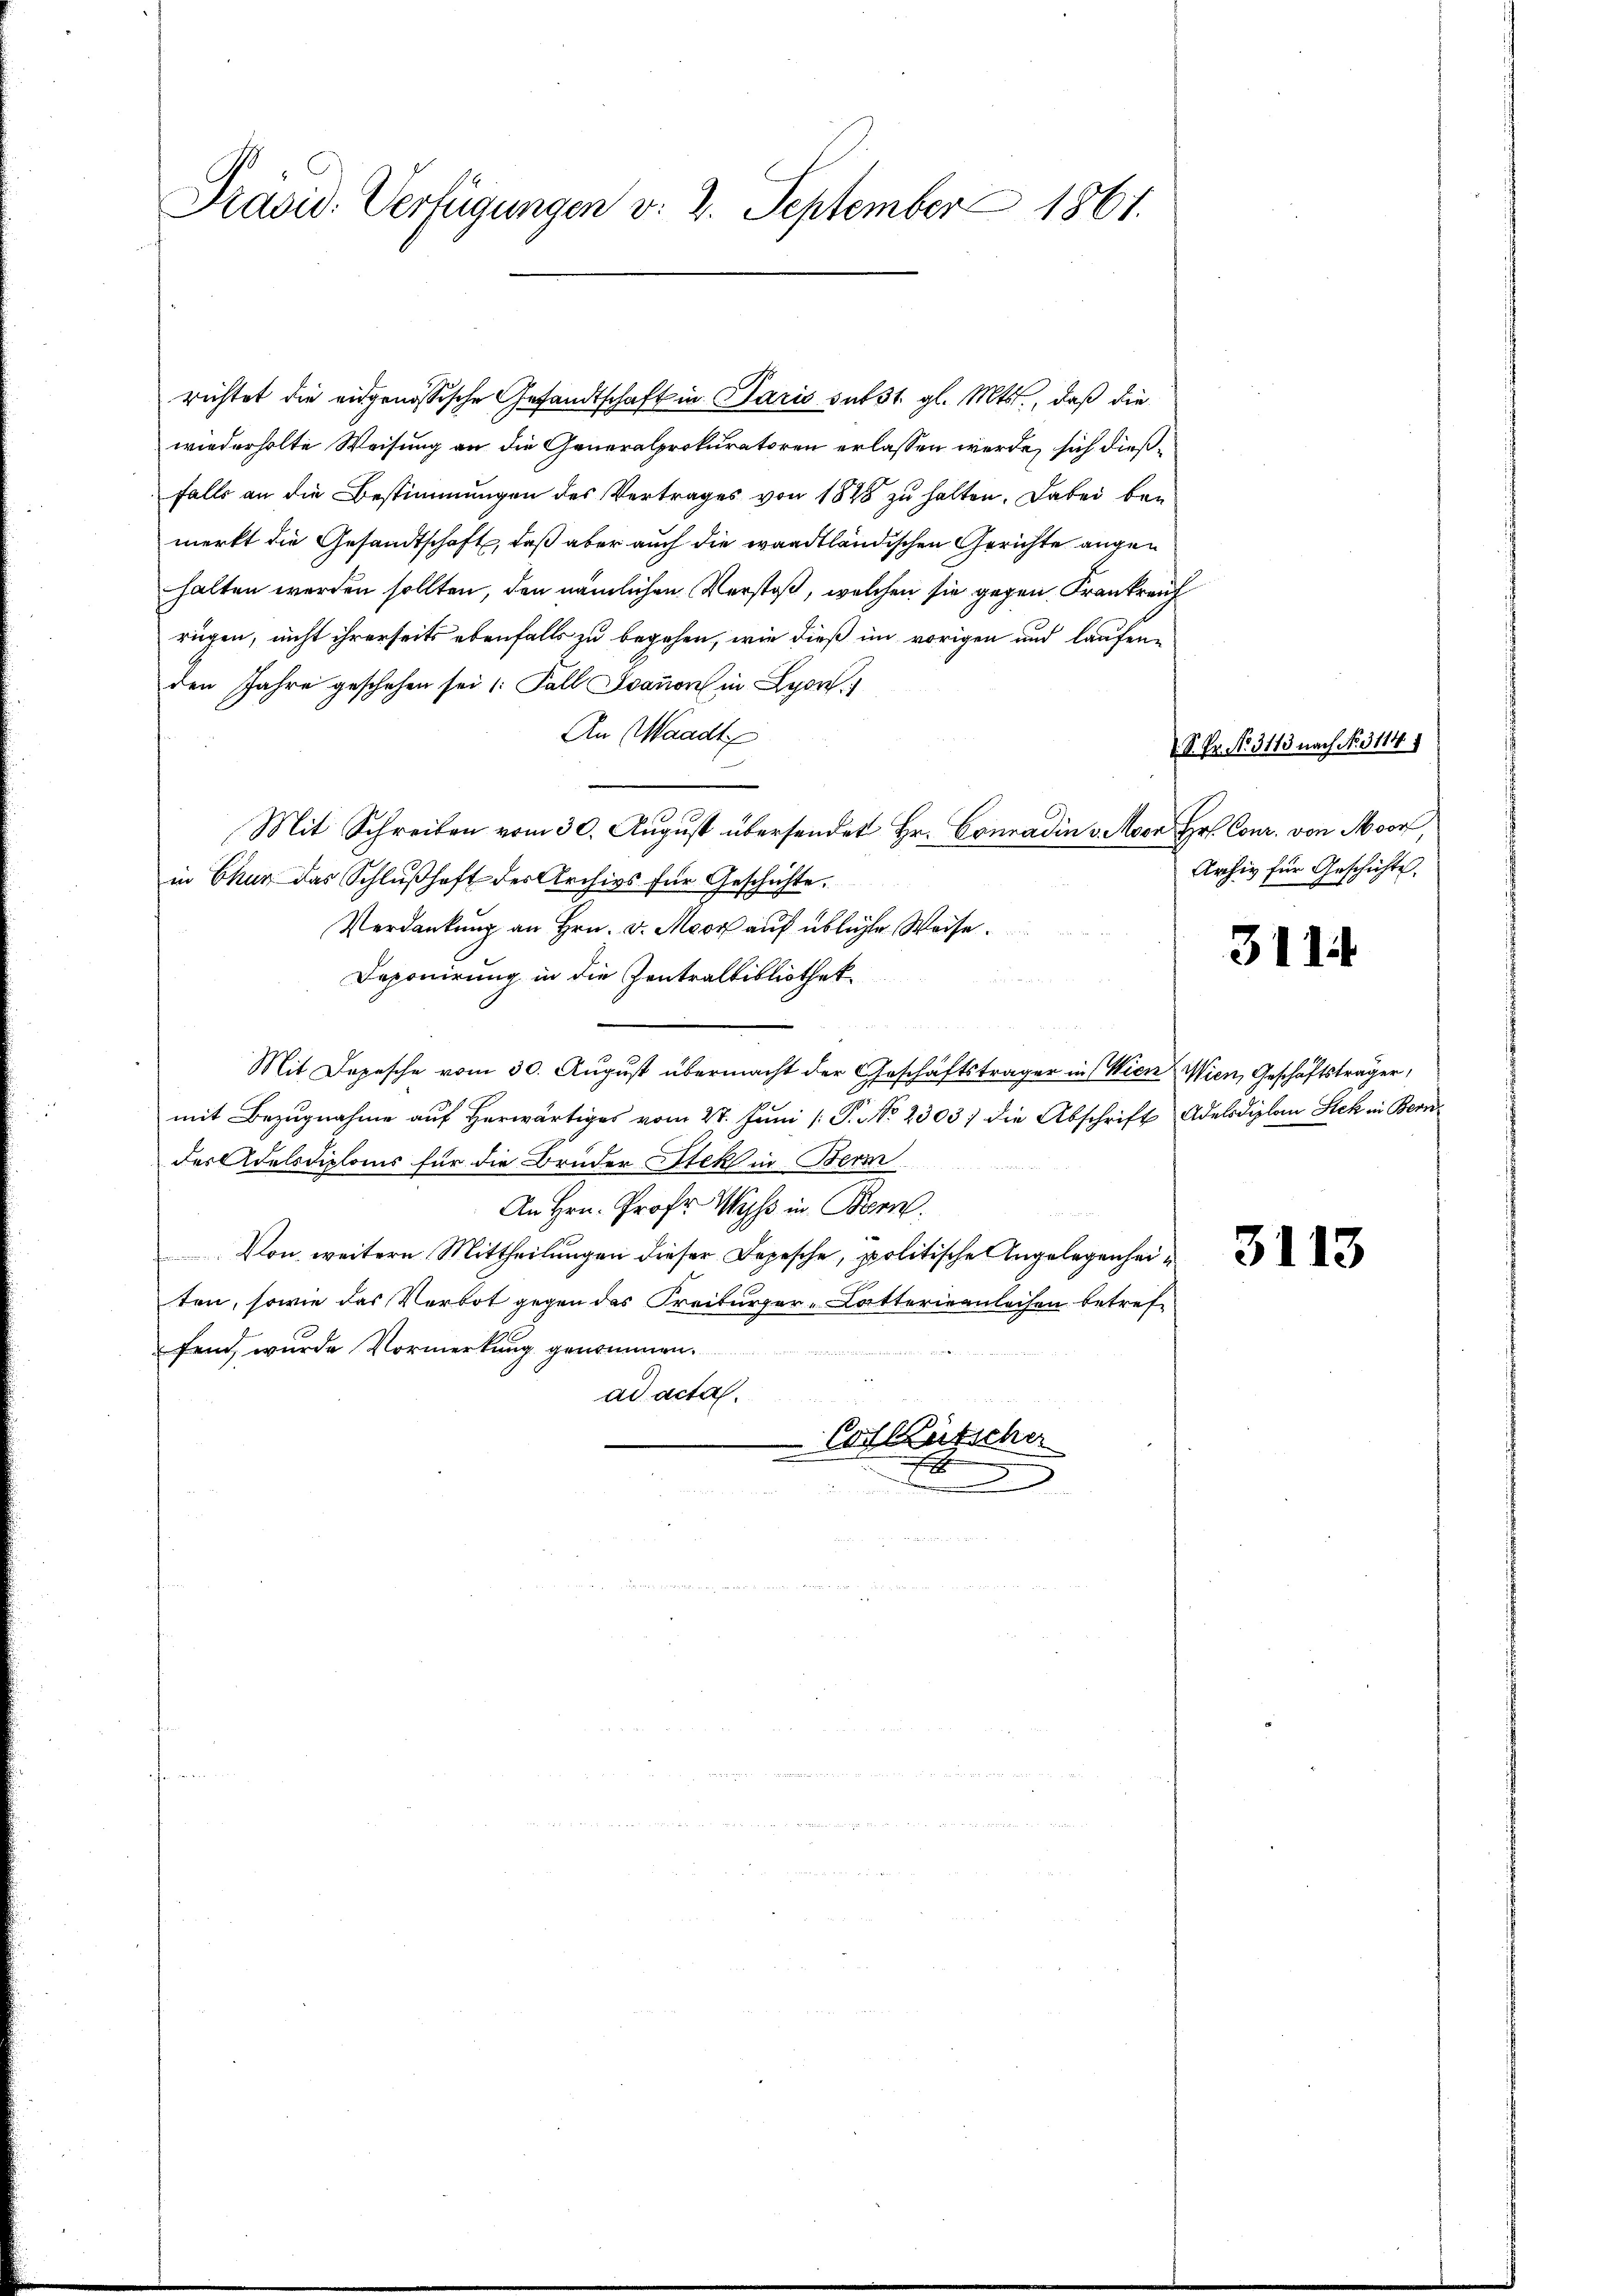
Präsid. Verfügungen v. 2. September 1861.

richtet die eidgenössische Gesandtschaft in Paris subst. gl. Mts., daß die
wiederholte Weisung an die Generalprokuratoren erlassen werde, sich dießfalls an die Bestimmungen des Vertrages von 1848 zu halten. Dabei bei
merkt die Gesandtschaft, daß aber auch die waadtländischen Gerichte augen
halten werden sollten, den nämlichen Verstoß, welchen sie gegen Frankreich
rügen, nicht ihrerseits ebenfalls zu begehen, wie dieß im vorigen und laufene
den Jahre geschehen sei Fall davon in Lyo
An Waadt
Mit Schreiben vom 30. August übersendet Hr. Conradin v. Moor Hr. Cour. von Moor,
in Chur das Schlußhaft der Archivs für Geschichte.
Verdankung an Hrn. v. Moor auf übliche Weise.
Deponirung in die Zentralbibliothek
A XX 2 S
Mit Depesche vom 30. Aŭgŭst übermacht der Geschäftsträger in Wien Wien, Geschäftsträger,
mit Bezugnahme auf Herwärtiges vom 27. Juni [ P. No 23037 die Abschrift Adelodiplom Steh in Bern
des Adelsdiploms für die Brüder Steck in Bern
An Hrn. Prof. Wyss in Bern.
un
Von weitere Mittheilungen dieser Depesche, politische Angelegenheiten, sowie das Verbot gegen des Freiburger-Katterieenleihen betreffend wurde Vormerkung genommen.
ad acta.
Cotkütscher
f

S. Fr. No. 3113 nach No. 3114. 1
Archiv für Geschichte.

3114

3113